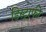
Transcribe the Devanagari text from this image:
डिस्ट्राफी